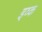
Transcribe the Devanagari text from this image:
इव्क